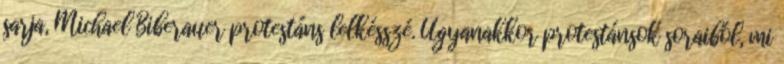
sarja, Michael Biberauer protestáns lelkésszé. Ugyanakkor protestánsok soraiból, mi